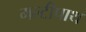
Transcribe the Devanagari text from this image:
मल्टीपाथ